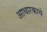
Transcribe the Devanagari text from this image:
आधारकाचे